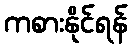
ကစားနိုင်ရန်